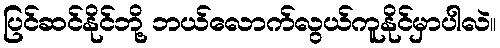
ပြင်ဆင်နိုင်ဘို့ ဘယ်လောက်လွယ်ကူနိုင်မှာပါလဲ။